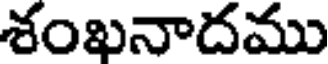
శంఖనాదము